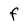
Character: F